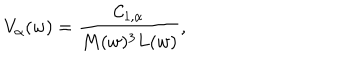
V _ { \alpha } ( w ) = \frac { { \cal C } _ { 1 , \alpha } } { M ( w ) ^ { 3 } L ( w ) } ,